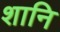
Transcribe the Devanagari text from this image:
शानि